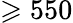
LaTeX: \geqslant 550